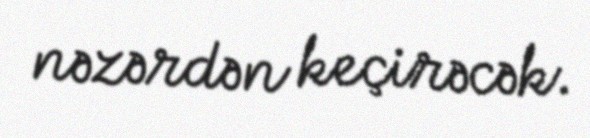
nəzərdən keçirəcək.